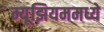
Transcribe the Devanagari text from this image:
म्यूझियममध्ये